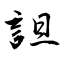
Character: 詚